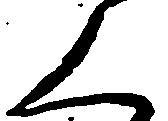
く